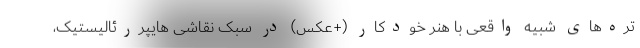
تره‌های شبیه واقعی با هنر خودکار (+عکس) در سبک نقاشی هایپررئالیستیک،